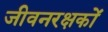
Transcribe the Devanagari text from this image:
जीवनरक्षकों